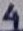
Text: 4